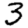
Digit: 3